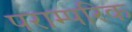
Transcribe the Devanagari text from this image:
पराम्परिक